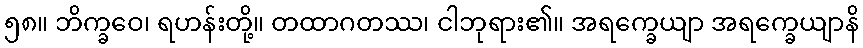
၅၈။ ဘိက္ခဝေ၊ ရဟန်းတို့။ တထာဂတဿ၊ ငါဘုရား၏။ အရက္ခေယျာ အရက္ခေယျာနိ